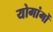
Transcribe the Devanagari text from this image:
योगांगों